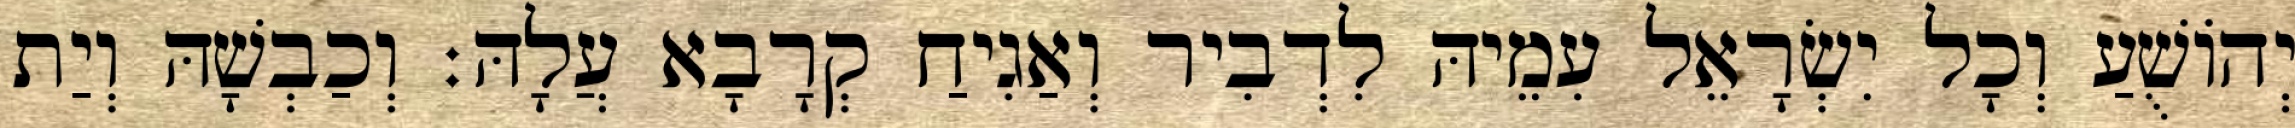
יְהוֹשֻׁעַ וְכָל יִשְׂרָאֵל עִמֵיהּ לִדְבִיר וְאַגִיחַ קְרָבָא עֲלָהּ׃ וְכַבְשָׁהּ וְיַת